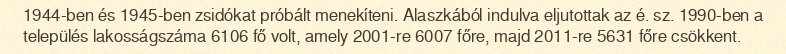
1944-ben és 1945-ben zsidókat próbált menekíteni. Alaszkából indulva eljutottak az é. sz. 1990-ben a település lakosságszáma 6106 fő volt, amely 2001-re 6007 főre, majd 2011-re 5631 főre csökkent.